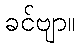
ခင်ဗျာ။